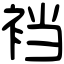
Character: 裆